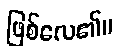
ဖြစ်လေ၏။